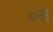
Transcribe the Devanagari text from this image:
०के